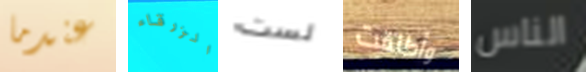
عندما الزرقاء لست وأطلقت الناس